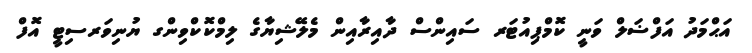
އަޙްމަދު އަފްޟަލް ވަނީ ކޮމްޕިއުޓަރ ސައިންސް ދާއިރާއިން މެލޭޝިޔާގެ ލިމްކޮކްވިންގ ޔުނިވަރސިޓީ އޮފް